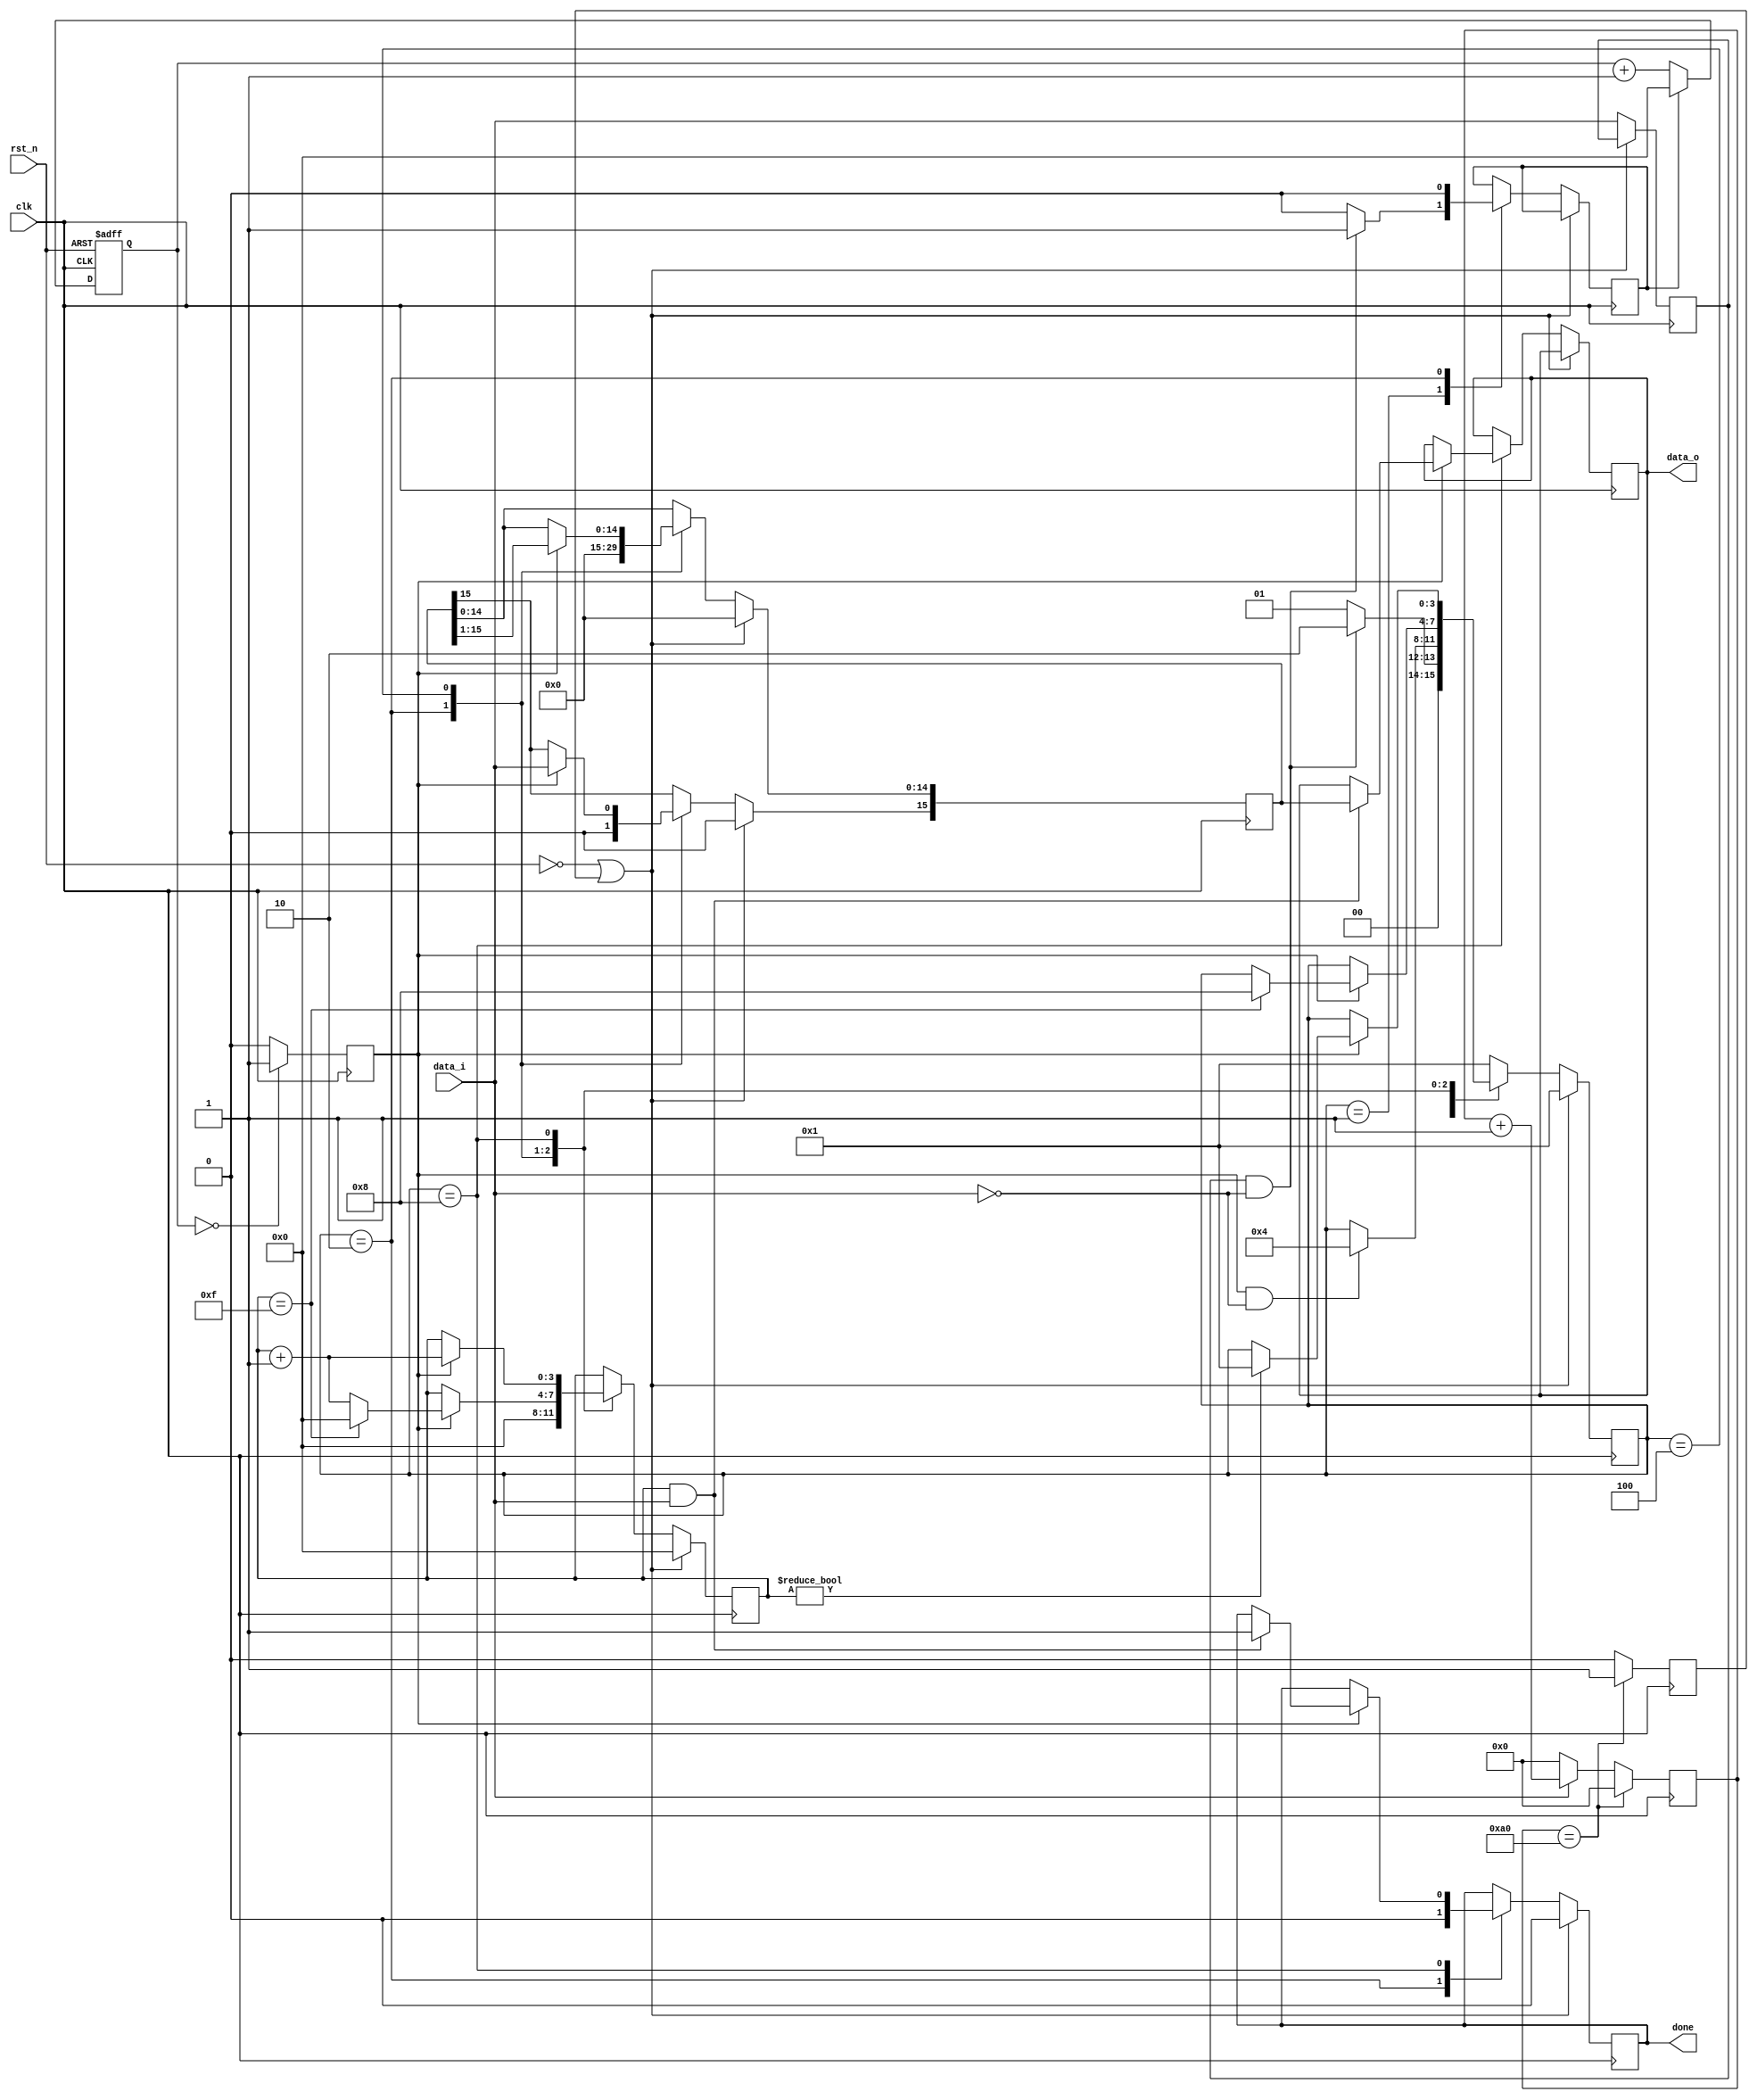
module serial2parallel(
						input clk,
						input rst_n,
						input data_i,
						
						output reg [15:0] data_o,
						output reg done//,
//						output reg [3:0]state
						);
	parameter FREQ_CLK = 16_000_000;
	parameter FREQ_DATA_I = 1_000_000;
	parameter PERIOD = FREQ_CLK / FREQ_DATA_I;
	parameter NUM_SAMPLE_EN = PERIOD / 2;
	
	//detecte the edge of data_i	
	reg data_i_edge;
	reg data_i_r;
//	always @(posedge clk)
//	begin
//		data_i_r <= data_i;
//		data_i_edge <= data_i_r ^ data_i;
//	end
	//correct the timer when data_i_edge is high	
	reg [3:0] timer;
	always @(posedge clk or negedge rst_n)
		if(!rst_n)
			timer <= 4'd0;
		else begin
			if(data_i_edge )//|| (timer >= PERIOD))		 16
				timer <= 4'd0;
			else
				timer <= timer + 4'd1;
		end
	//the sample enable pulse 
	reg data_en;
	always @(posedge clk)
		if(timer == 4'd0)//NUM_SAMPLE_EN - 4'd3) <<<<<<<<<<<<<<<<<<<<<<<<<<<<<<<<<<<<<<<<<<<<<<<<<<<<<
			data_en <= 1'b1;
		else 
			data_en <= 1'b0;
	reg [7:0]idle_cnt;
	reg idle_flag;
	always @(posedge clk)
		if(idle_cnt == 8'd160)
		begin
			idle_cnt = 0;
			idle_flag = 1;
		end
		else if(data_i)
		begin
			idle_cnt = idle_cnt + 1'b1;
			idle_flag = 1'b0;
		end
		else begin
			idle_cnt = 1'b0;
			idle_flag = 1'b0;
		end			
	//
 //reg [2:0]state;
	parameter 	TIM = 4'd1,
					IDLE = 4'd2,
					S1 = 4'd4,
					S2 = 4'd8;
					
	reg [3:0]cnt;
	reg [15:0]data;
	reg [3:0]state;
	always @(posedge clk)// or negedge rst_n)
		if(!rst_n || idle_flag)
		begin
			state <= TIM;
			cnt <= 4'd0;
			data <= 16'd0;
			//data_o <= 16'd0;
			done <= 1'b0;
		end
		else begin 
			data_i_r <= data_i;
			case(state)
			TIM	:	begin
							if(data_i_r && !data_i)
							begin
								data_i_edge <= 1'b1;
								state <= IDLE;
							end
							else begin
								data_i_edge <= 1'b0;
								state <= TIM;
							end
						end
			IDLE	:	begin
							if(data_en && !data_i)
								state <= S1;
							data_i_edge <= 1'b0;
							cnt <= 4'd0;
							data <= 16'd0;
							done <= 1'b0;
						end
			S1 	:	begin
							if(data_en)
							begin
								data[15] <= data_i;
								data[14:0] <= data[15:1];
								cnt <= cnt + 4'd1;
								if(cnt == 4'd15)
								begin
									state <= S2;
									cnt <= 4'd0;
								end
							end
						end
			S2		:	begin
//							if(data_en && data_i)
							if(data_en)
							begin
								if(cnt && data_i)
								begin
									data_o <= data;
									done <= 1'b1;
								end
								if(cnt)
								begin
									state <= TIM;//IDLE;
								end
								cnt <= cnt + 4'd1;
								
								//state <= IDLE;
							end
//							else if(data_en && !data_i)
//							begin
//								state <= IDLE;
//							end
						end
			default :	state <= TIM;//IDLE;
			endcase
		end
	
endmodule